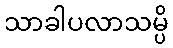
သာခါပလာသမ္ပိ